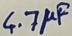
Text: 4.7µF